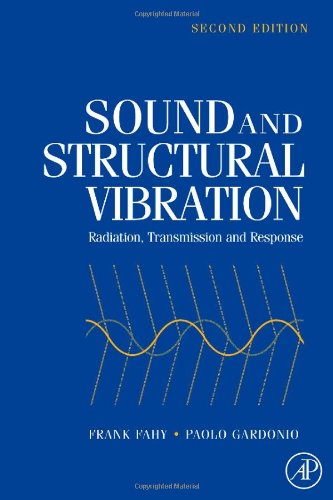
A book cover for Sound and Structural Vibration, Second Edition: Radiation, Transmission and Response; Frank J. Fahy; Science & Math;